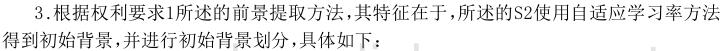
3.根据权利要求1所述的前景提取方法，其特征在于，所述的S2使用自适应学习率方法，得到初始背景，并进行初始背景划分，具体如下：